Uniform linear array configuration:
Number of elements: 4
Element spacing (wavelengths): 0.5
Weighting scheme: hann
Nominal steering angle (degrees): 15
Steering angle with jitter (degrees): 14.987
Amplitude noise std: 0.05
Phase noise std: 0.05

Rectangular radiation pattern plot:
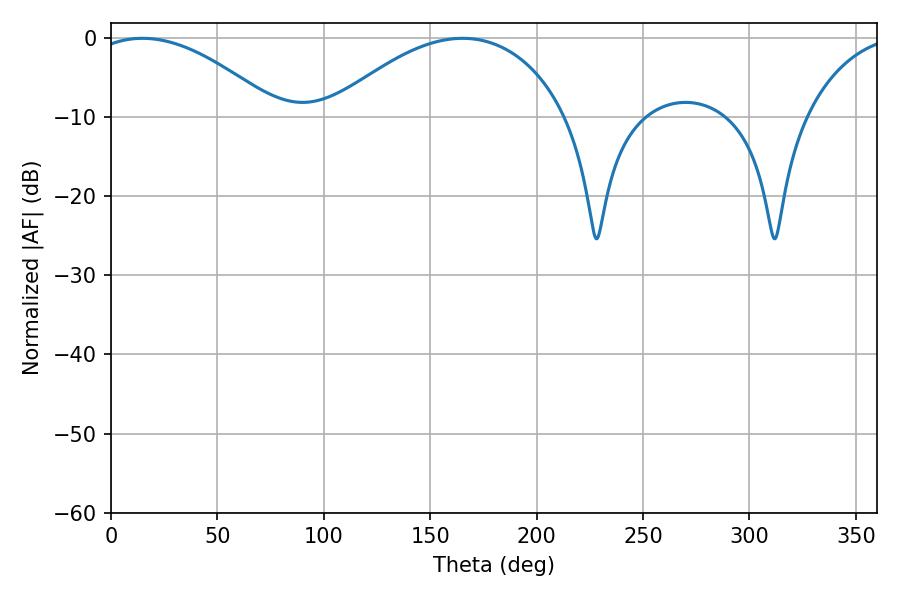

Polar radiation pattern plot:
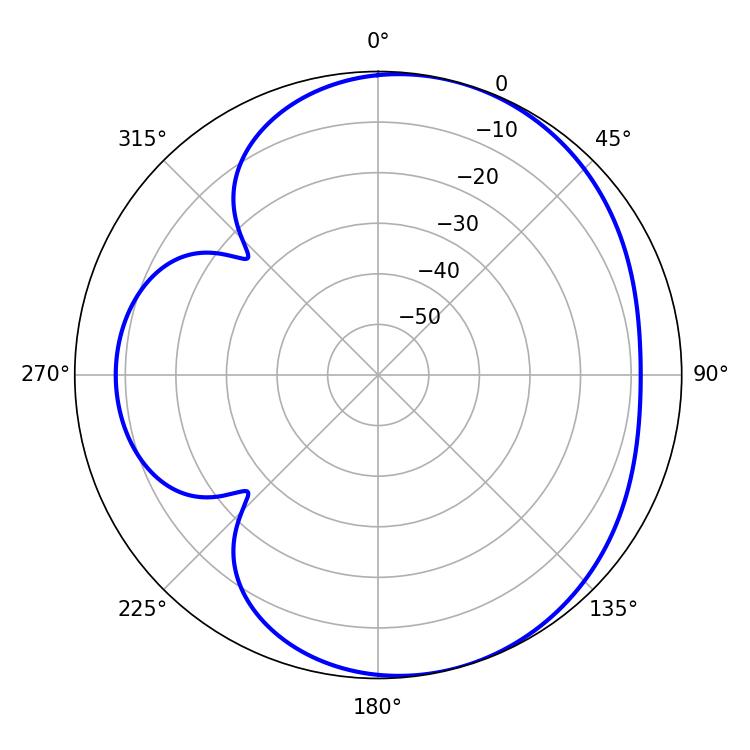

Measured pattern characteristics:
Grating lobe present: FALSE
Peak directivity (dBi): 4.945
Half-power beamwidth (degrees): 48.96
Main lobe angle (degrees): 14.76